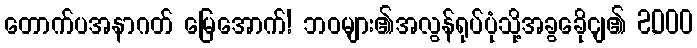
တောက်ပအနာဂတ် မြေအောက်! ဘဝများ၏အလွန်ရုပ်ပုံသို့အခွခေိုငျ၏ 2,000